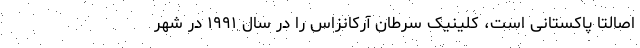
اصالتاً پاکستانی است، کلینیک سرطان آرکانزاس را در سال ۱۹۹۱ در شهر